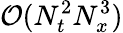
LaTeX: \mathcal{O}(N_{t}^{2}N_{x}^{3})